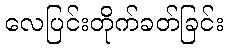
လေပြင်းတိုက်ခတ်ခြင်း